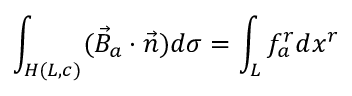
\int _ { H ( L , c ) } ( \vec { B } _ { a } \cdot \vec { n } ) d \sigma = \int _ { L } f _ { a } ^ { r } d x ^ { r }